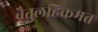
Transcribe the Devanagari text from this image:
बैतुलहिकमत